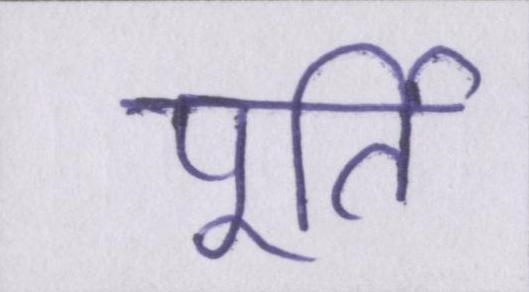
पूर्ति